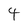
Character: 4